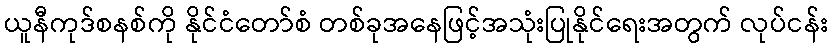
ယူနီကုဒ်စနစ်ကို နိုင်ငံတော်စံ တစ်ခုအနေဖြင့်အသုံးပြုနိုင်ရေးအတွက် လုပ်ငန်း